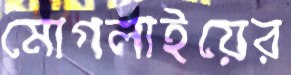
মোগলাইয়ের